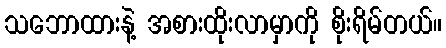
သဘောထားနဲ့ အစားထိုးလာမှာကို စိုးရိမ်တယ်။